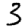
Digit: 3